Civil Veterinary Dept. North-West Frontier Province 1933-46 - 1933-1946
Year: 1933
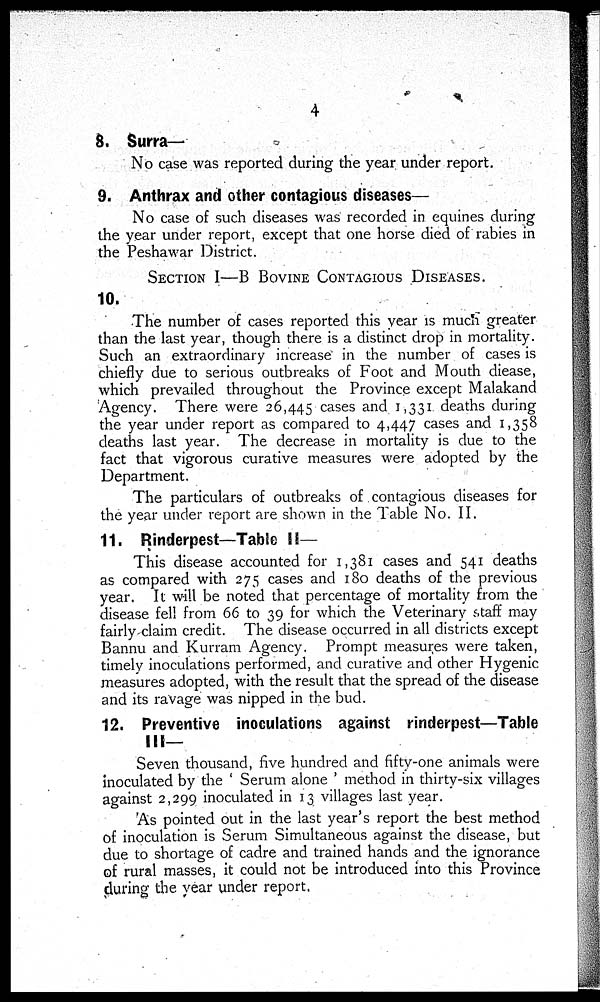
4
8. Surra-
No case was reported during the year under report.
9. Anthrax and other contagious diseases—
No case of such diseases was recorded in equines during
the year under report, except that one horse died of rabies in
the Peshawar District.
SECTION I—B BOVINE CONTAGIOUS DISEASES.
10.
The number of cases reported this year is much greater
than the last year, though there is a distinct drop in mortality.
Such an extraordinary increase in the number of cases is
chiefly due to serious outbreaks of Foot and Mouth diease,
which prevailed throughout the Province except Malakand
Agency. There were 26,445 cases and 1,331 deaths during
the year under report as compared to 4,447 cases and 1,358
deaths last year. The decrease in mortality is due to the
fact that vigorous curative measures were adopted by the
Department.
The particulars of outbreaks of contagious diseases for
the year under report are shown in the Table No. II.
11. Rinderpest—Table II—
This disease accounted for 1,381 cases and 541 deaths
as compared with 275 cases and 180 deaths of the previous
year. It will be noted that percentage of mortality from the
disease fell from 66 to 39 for which the Veterinary staff may
fairly claim credit. The disease occurred in all districts except
Bannu and Kurram Agency. Prompt measures were taken,
timely inoculations performed, and curative and other Hygenic
measures adopted, with the result that the spread of the disease
and its ravage was nipped in the bud.
12. Preventive inoculations against rinderpest—Table
III-
Seven thousand, five hundred and fifty-one animals were
inoculated by the 'Serum alone' method in thirty-six villages
against 2,299 inoculated in 13 villages last year.
'As pointed out in the last year's report the best method
of inoculation is Serum Simultaneous against the disease, but
due to shortage of cadre and trained hands and the ignorance
of rural masses, it could not be introduced into this Province
during the year under report.